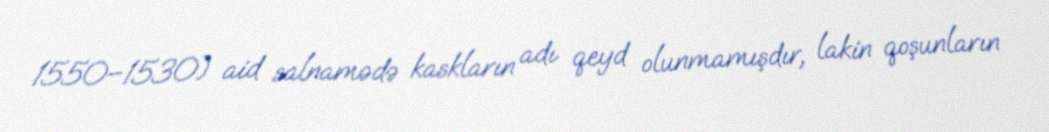
1550–1530) aid salnamədə kaskların adı qeyd olunmamışdır, lakin qoşunların